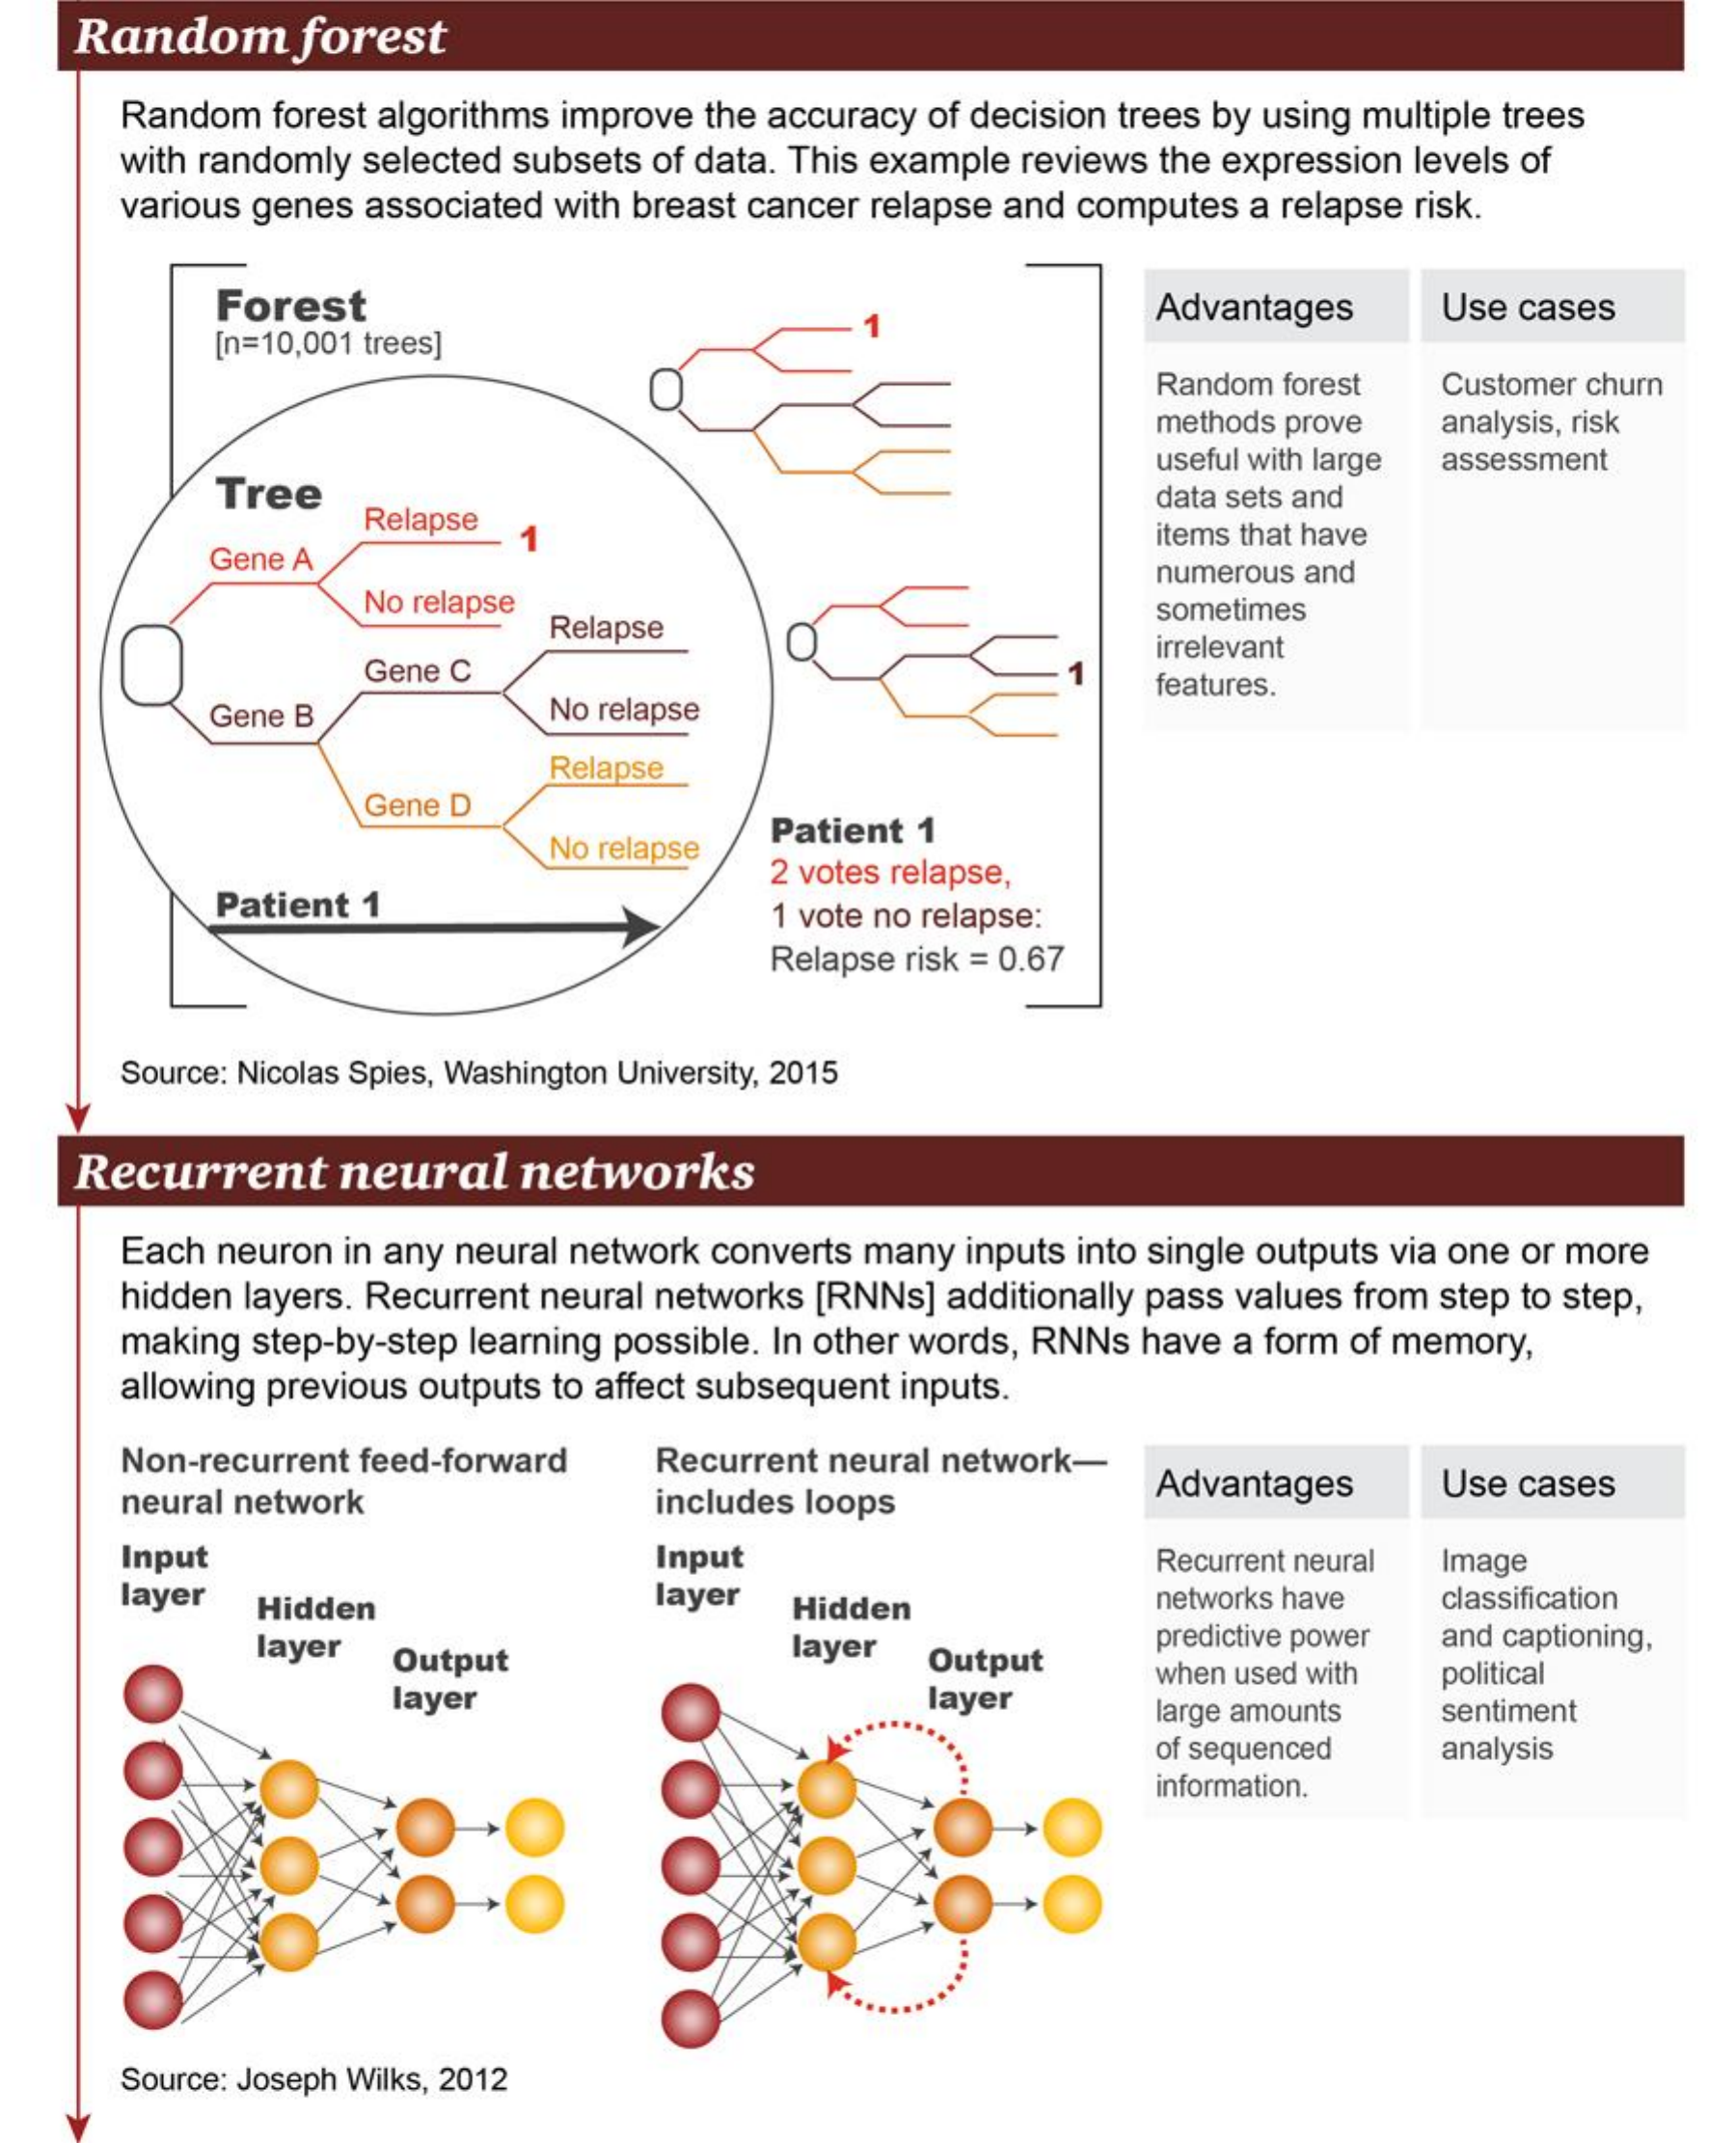
Random    forest
     Random forest algorithms improve the accuracy of decision trees by using multiple trees
     with randomly selected subsets of data. This example reviews the expression levels of
     various genes associated with breast cancer relapse and computes a relapse risk.
     Forest    Advantages    Use cases
     [n=10,001 trees]
     Random forest  Customer churn
     methods prove  analysis, risk
     Tree
     useful with large assessment
     Relapse
     data sets and
     Gene A
     items that have
     No relapse
     numerous and
     Relapse
     sometimes
     Gene C
     irrelevant
     Gene B    No relapse
     features.
     Relapse
     Gene D
     No relapse
     Patient 1
     Patient 1
     2 votes relapse,
     1 vote no relapse:
     Relapse risk = 0.67
     Source: Nicolas Spies, Washington University, 2015
    Recurrent    neural   networks
     Each neuron in any neural network converts many inputs into single outputs via one or more
     hidden layers. Recurrent neural networks [RNNs] additionally pass values from step to step,
     making step-by-step learning possible. In other words, RNNs have a form of memory,
     allowing previous outputs to affect subsequent inputs.
     Non-recurrent feed-forward Recurrent neural network-
     neural network    includes loops    Advantages    Use cases
     Input    Input    Image
     layer   Hidden    layer
     Recurrent neural
     Hidden    networks have  classification
     layer Output    layer  Output
     predictive power and captioning,
     layer    layer
     when used with political
     large amounts  sentiment
     of sequenced   analysis
     information.
     Source: Joseph Wilks, 2012